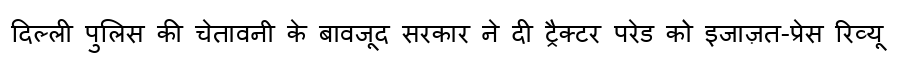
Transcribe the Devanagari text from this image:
दिल्ली पुलिस की चेतावनी के बावजूद सरकार ने दी ट्रैक्टर परेड को इजाज़त-प्रेस रिव्यू